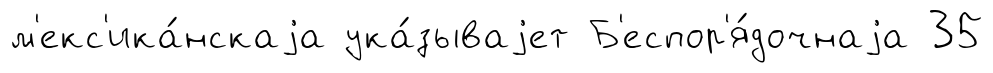
м'екс'ика́нскаjа ука́зываjет Б'еспор'я́дочнаjа 35